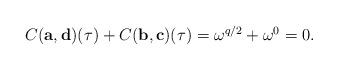
LaTeX: \begin{align*} \begin{aligned} &C(\mathbf{a},\mathbf{d})(\tau)+C(\mathbf{b},\mathbf{c})(\tau)=\omega^{q/2}+\omega^0=0. \end{aligned}\end{align*}